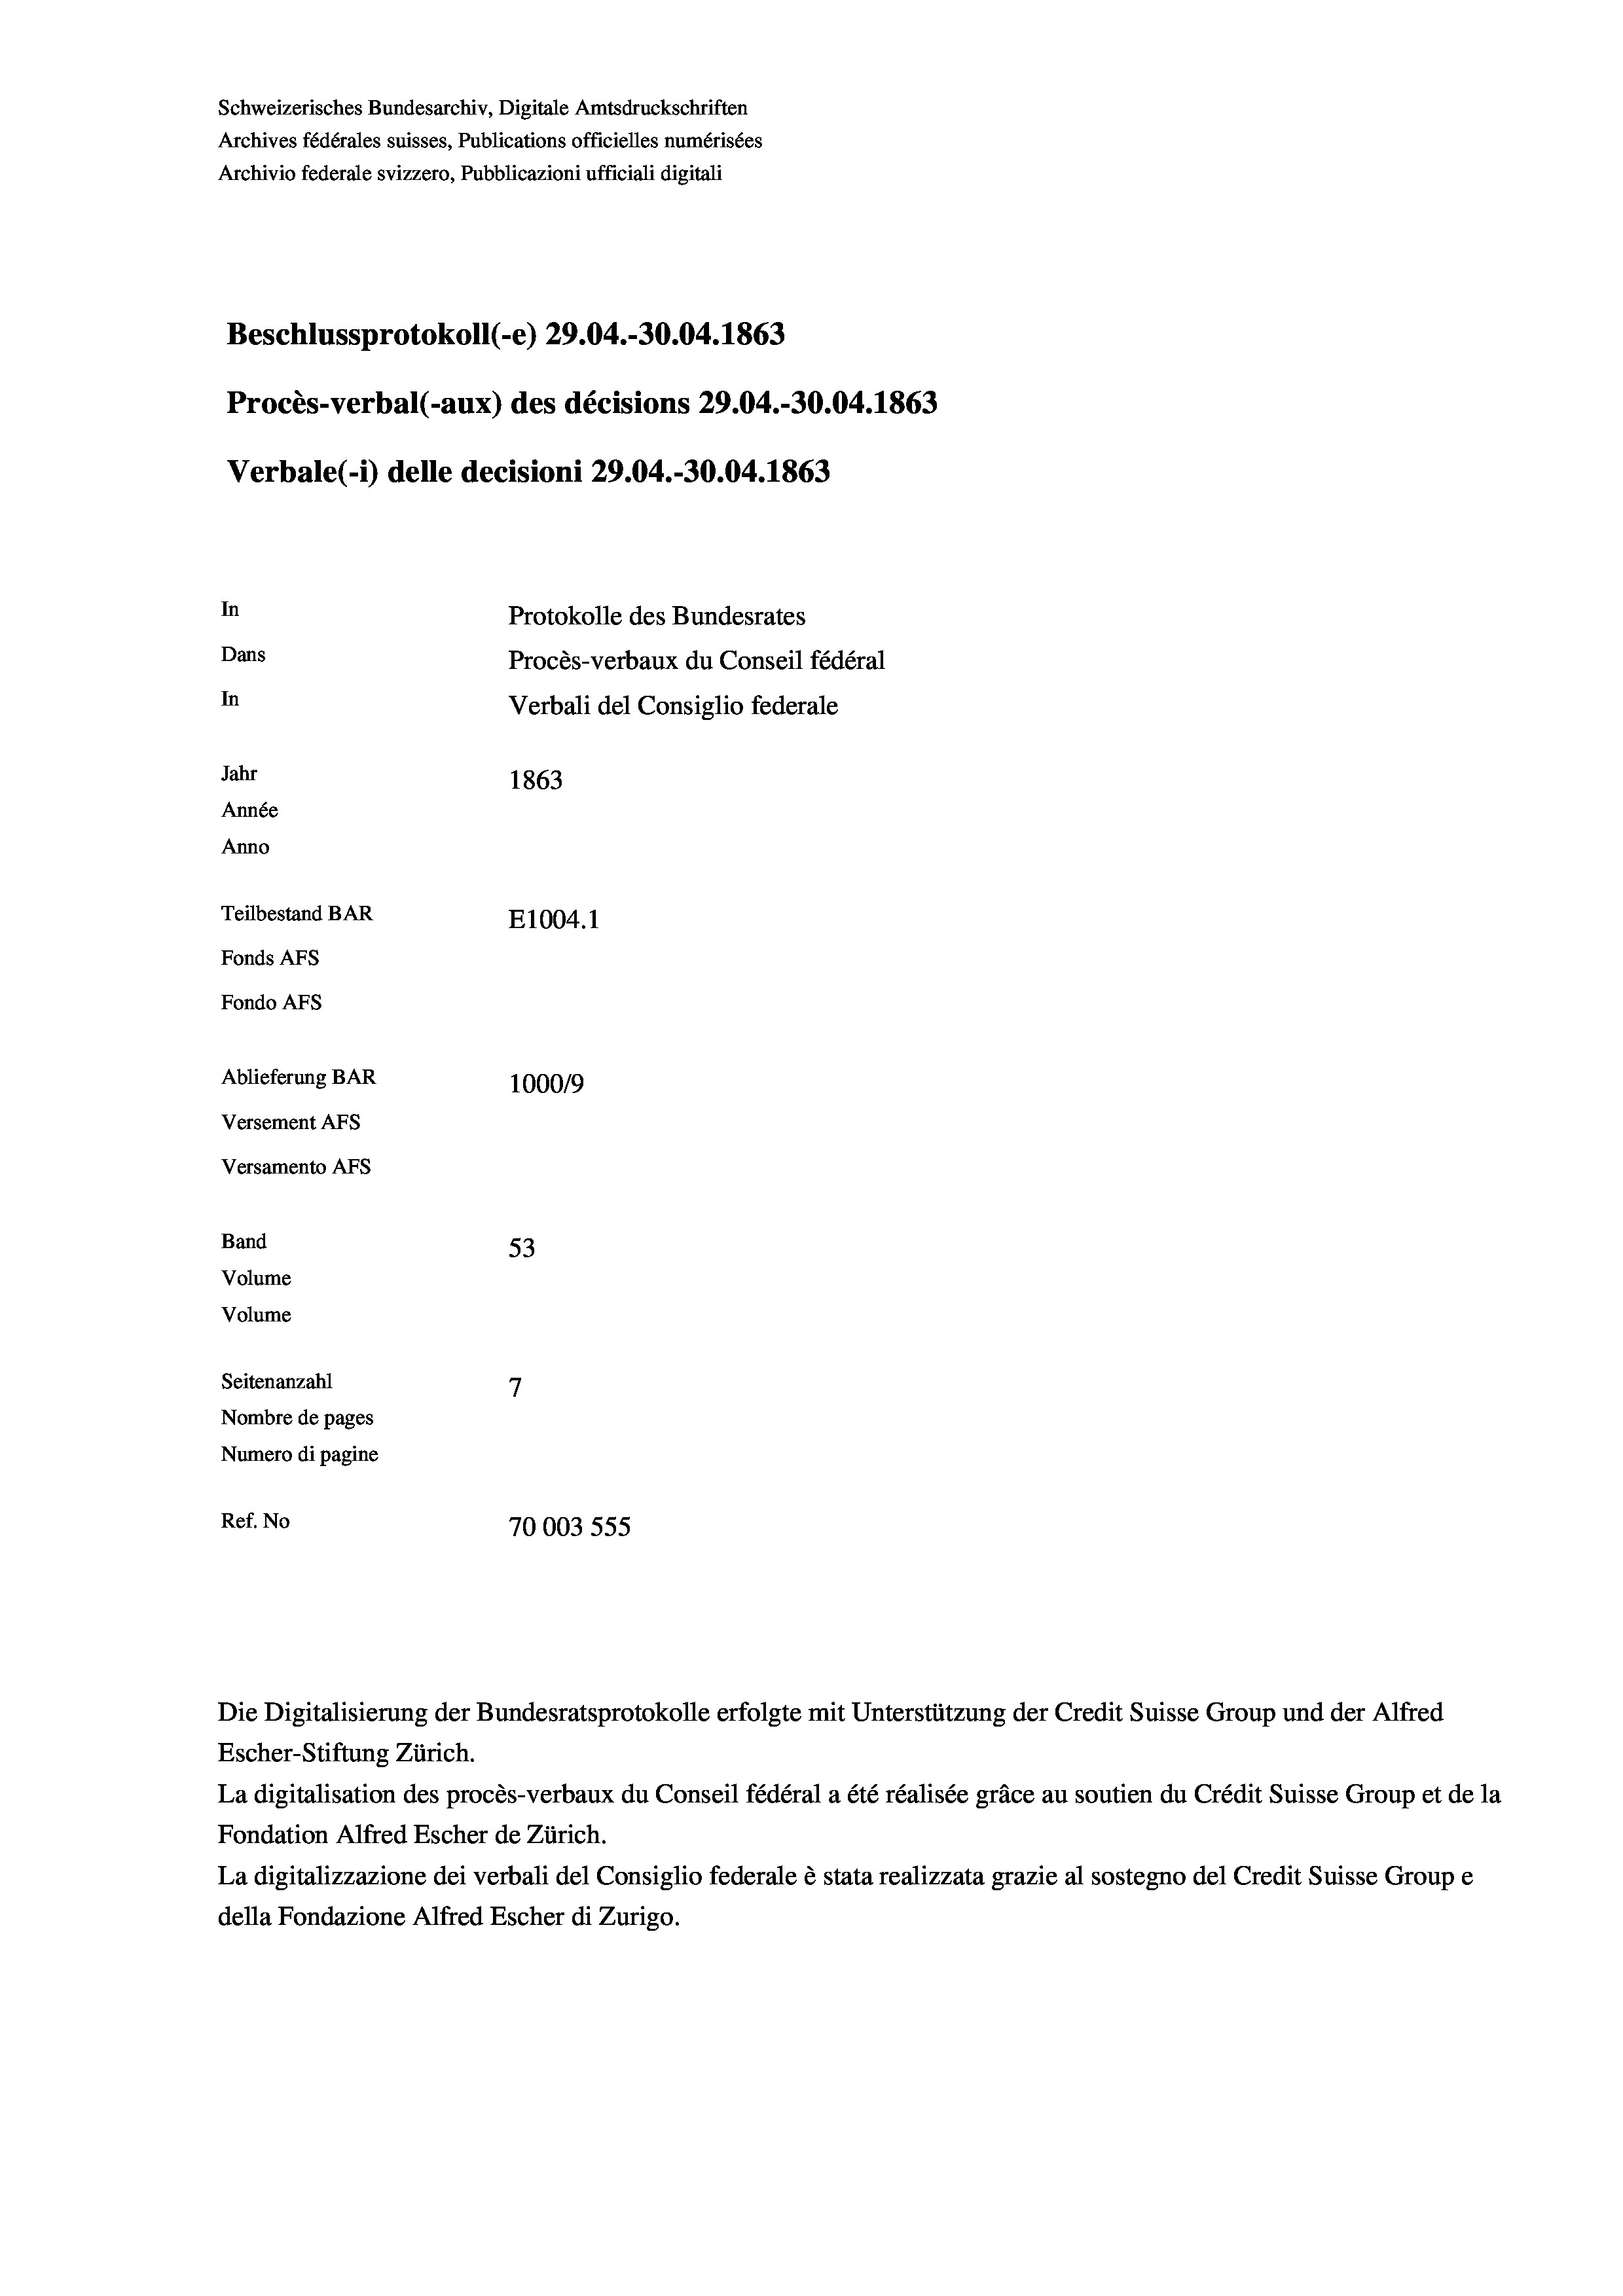
Procès-verbal (-aux) des décisions 29.04.-30.04. 1863
Verbale(-*) delle decisioni 29.04.-30.04. 1863
In
Protokolle des Bundesrates
Dans
Procès-verbaux du Conseil fédéral
In
Verbali del Consiglio federale
Jahr
1863
Année
Anno
Teilbestand BAR
E1004.1
Fonds AFs
Fondo AFS

53
7
Nombre de pages
Numero di pagine
Ref. No
70003 555

Ablieferung BAR
Versement As
Versamento Afs
Band
Volume
Volume
Seitenanzahl

Schweizerisches Bundesarchiv, Digitale Amtsdruckschriften
Archives fédérales suisses, Publications officielles numérisées
Archivio federale svizzero, Pubblicazioni ufficiali digitali

Beschlussprotokoll (-e) 29.04.-30.04. 1863

100019

Escher-Stiftung Zürich.
La digitalisation des procès-verbaux du Conseil fédéral a été réalisée gräce au soutien du Crédit Suisse Group et de la
Fondation Alfred Escher de Zürich.
La digitalizzazione dei verbali del Consiglio federale è stata realizzata grazie al sostegno del Credit Suisse Groupe
della Fondazione Alfred Escher di Zurigo.

Die Digitalisierung der Bundesratsprotokolle erfolgte mit Unterstützung der Credit Suisse Group und der Alfred